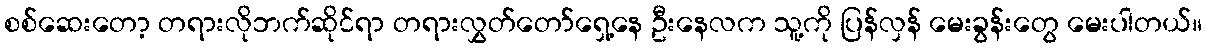
စစ်ဆေးတော့ တရားလိုဘက်ဆိုင်ရာ တရားလွှတ်တော်ရှေ့နေ ဦးနေလက သူ့ကို ပြန်လှန် မေးခွန်းတွေ မေးပါတယ်။